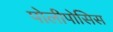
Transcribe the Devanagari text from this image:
पोलीपोसिस